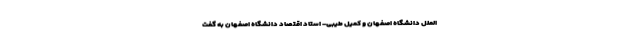
الملل دانشگاه اصفهان و کمیل طیبی- استاد اقتصاد دانشگاه اصفهان به گفت‌